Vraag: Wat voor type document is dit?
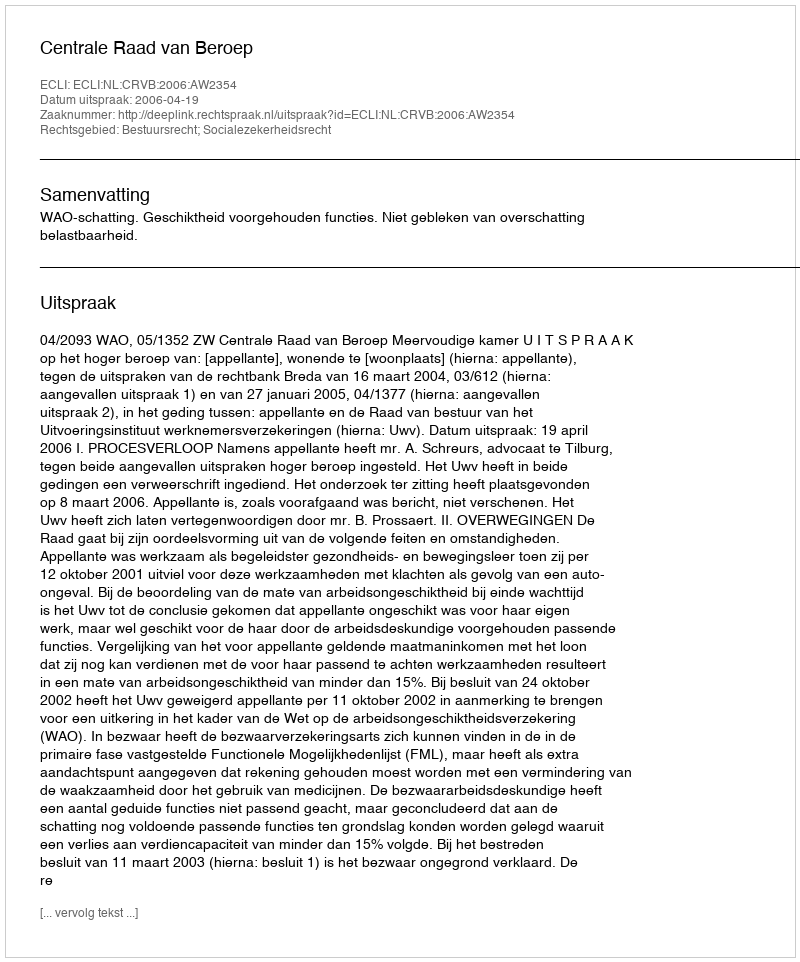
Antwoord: Uitspraak